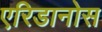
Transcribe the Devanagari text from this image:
एरिडानोस